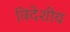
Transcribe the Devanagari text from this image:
विदेशीय